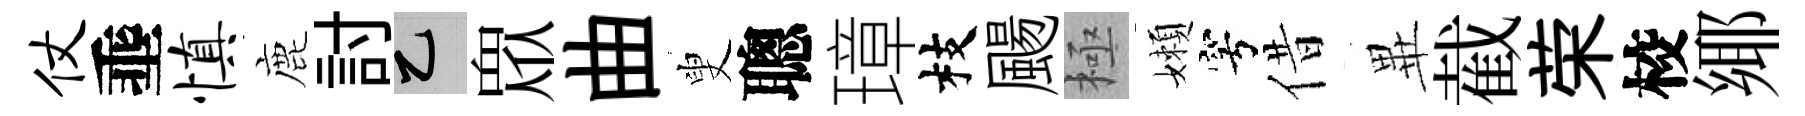
仗埀慎鹿討乙衆曲叟聰璋枝颺極嬾穹借𭺾截荣校鄊